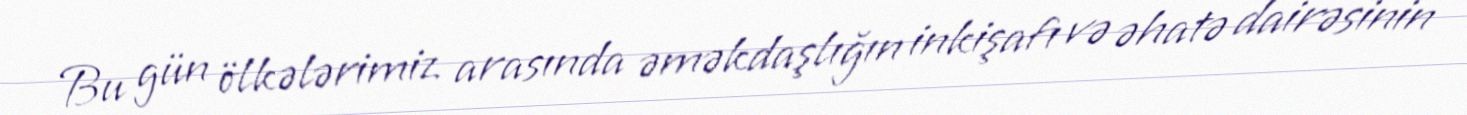
Bu gün ölkələrimiz arasında əməkdaşlığın inkişafı və əhatə dairəsinin